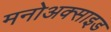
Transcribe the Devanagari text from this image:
मनोअक्‍साइड